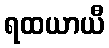
ရထယာယီ